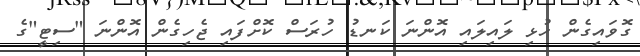
ގޮވައިގެން ހުޅި ލައިލައި އޮންނަ ކަނޑު ހުރަސް ކޮށްފައި ޖެހިގެން އޮންނަ "ސިޓީ"ގެ